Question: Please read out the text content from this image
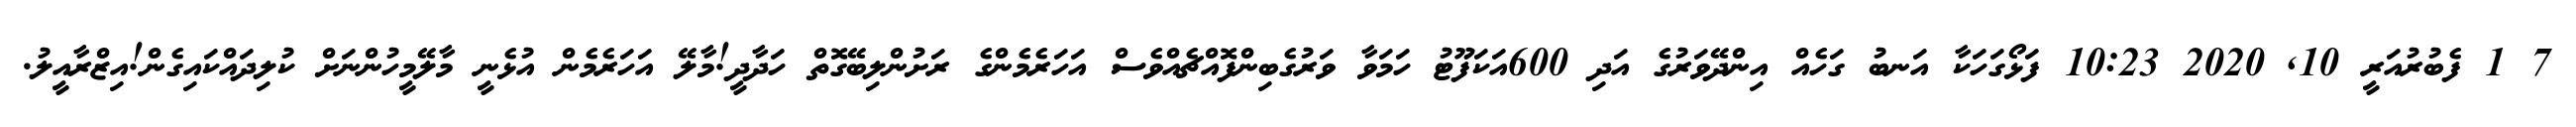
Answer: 7 1 ފެބުރުއަރީ 10, 2020 10:23 ފަޅޯގަހަކާ އަނބު ގަހެއް އިންދޭވަރުގެ އަދި 600އަކަފޫޓު ހަމަވާ ވަރުގެބިންފޮއްޗެއްވެސް އަހަރެމެންގެ ރަށުންލިބޭގޮތް ހަދާދީ!މާލޭ އަހަރެމެން އުޅެނީ މާލޭމީހުންނަށް ކުލިދައްކައިގެން!އިޒްރާއީލު.